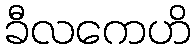
ခီလကေဟိ